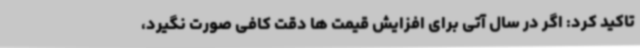
تاکید کرد: اگر در سال آتی برای افزایش قیمت ها دقت کافی صورت نگیرد،